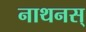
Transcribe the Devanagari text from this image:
नाथनस्